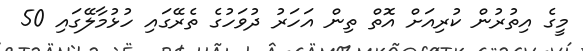
މީގެ އިތުރުން ކުރިއަށް އޮތް ތިން އަހަރު ދުވަހުގެ ތެރޭގައި ހުޅުމާލޭގައި 50